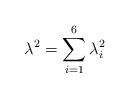
LaTeX: \begin{align*}\lambda^2 = \sum_{i=1}^6 \lambda_{i}^2 \end{align*}